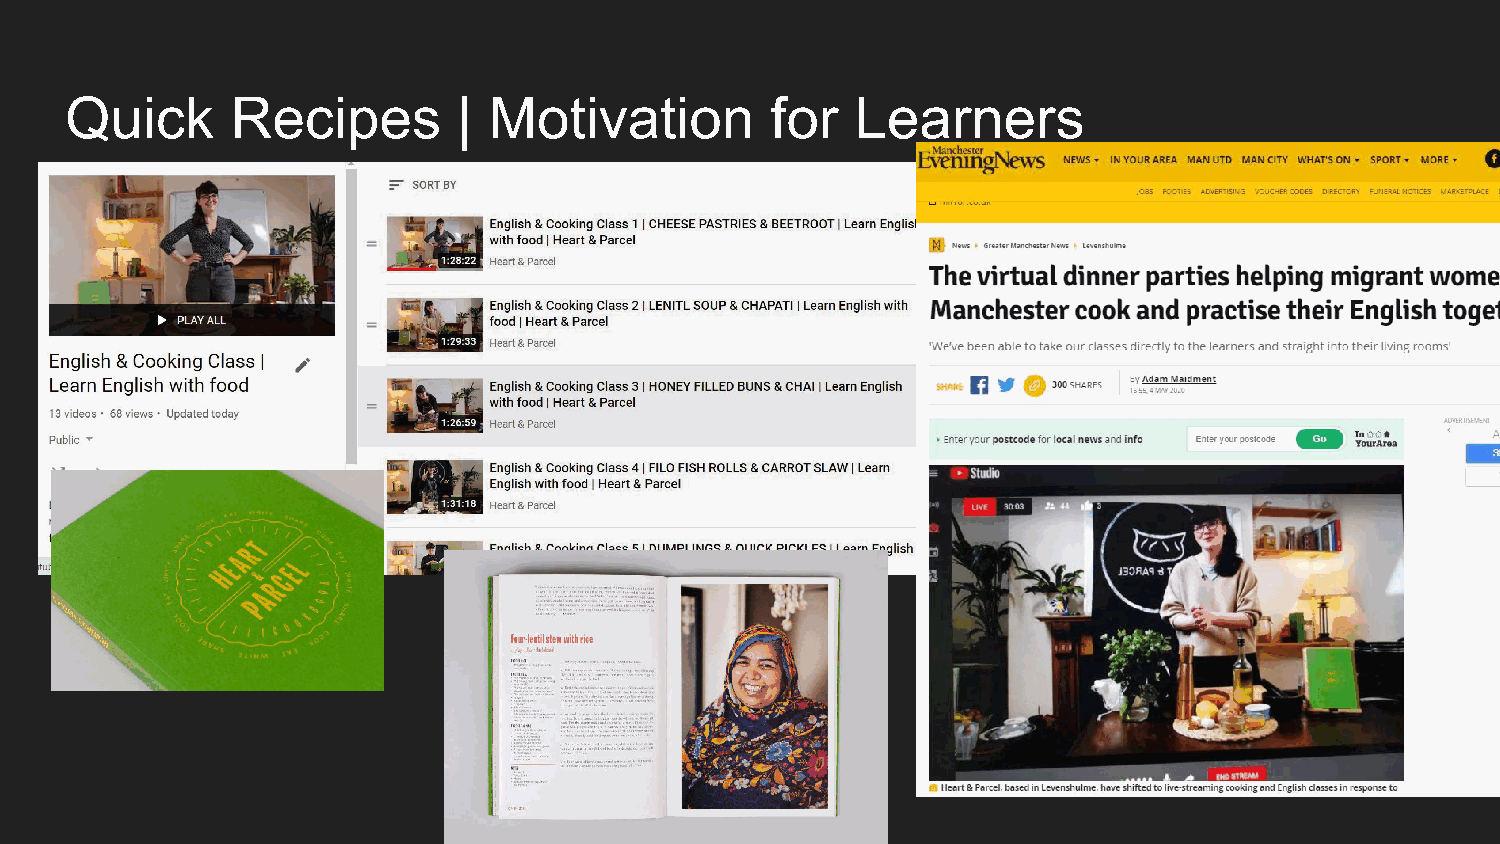
Quick      Recipes        | Motivation         for   Learners